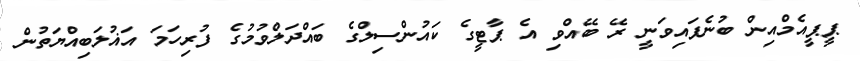
ޕީޕީއެމްއިން ބުނެފައިވަނީ ރޭ ބޭއްވި އެ ޕާޓީގެ ކައުންސިލްގެ ބައްދަލްވުމުގެ ފުރިހަމަ އަޣުލަބިއްޔަތުން